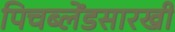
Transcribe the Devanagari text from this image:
पिचब्लेंडसारखी